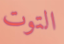
التوت